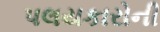
પલયકારોની